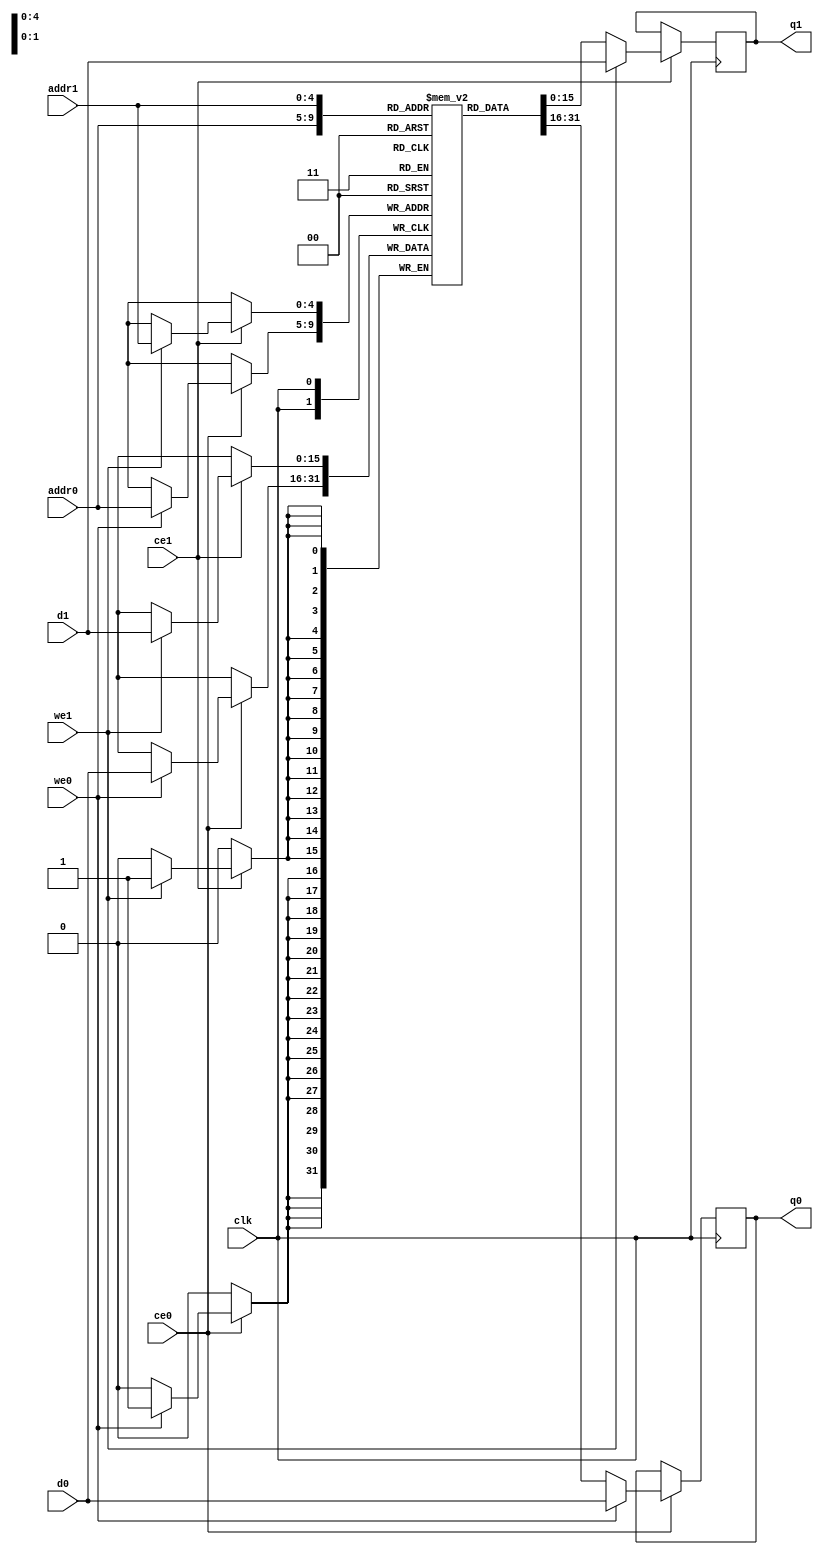
// ==============================================================
// File generated by Vivado(TM) HLS - High-Level Synthesis from C, C++ and SystemC
// Version: 2017.4
// Copyright (C) 1986-2017 Xilinx, Inc. All Rights Reserved.
// 
// ==============================================================

`timescale 1 ns / 1 ps
module conv_18_out_val_V_ram (addr0, ce0, d0, we0, q0, addr1, ce1, d1, we1, q1,  clk);

parameter DWIDTH = 16;
parameter AWIDTH = 5;
parameter MEM_SIZE = 32;

input[AWIDTH-1:0] addr0;
input ce0;
input[DWIDTH-1:0] d0;
input we0;
output reg[DWIDTH-1:0] q0;
input[AWIDTH-1:0] addr1;
input ce1;
input[DWIDTH-1:0] d1;
input we1;
output reg[DWIDTH-1:0] q1;
input clk;

(* ram_style = "block" *)reg [DWIDTH-1:0] ram[0:MEM_SIZE-1];




always @(posedge clk)  
begin 
    if (ce0) 
    begin
        if (we0) 
        begin 
            ram[addr0] <= d0; 
            q0 <= d0;
        end 
        else 
            q0 <= ram[addr0];
    end
end


always @(posedge clk)  
begin 
    if (ce1) 
    begin
        if (we1) 
        begin 
            ram[addr1] <= d1; 
            q1 <= d1;
        end 
        else 
            q1 <= ram[addr1];
    end
end


endmodule


`timescale 1 ns / 1 ps
module conv_18_out_val_V(
    reset,
    clk,
    address0,
    ce0,
    we0,
    d0,
    q0,
    address1,
    ce1,
    we1,
    d1,
    q1);

parameter DataWidth = 32'd16;
parameter AddressRange = 32'd32;
parameter AddressWidth = 32'd5;
input reset;
input clk;
input[AddressWidth - 1:0] address0;
input ce0;
input we0;
input[DataWidth - 1:0] d0;
output[DataWidth - 1:0] q0;
input[AddressWidth - 1:0] address1;
input ce1;
input we1;
input[DataWidth - 1:0] d1;
output[DataWidth - 1:0] q1;



conv_18_out_val_V_ram conv_18_out_val_V_ram_U(
    .clk( clk ),
    .addr0( address0 ),
    .ce0( ce0 ),
    .d0( d0 ),
    .we0( we0 ),
    .q0( q0 ),
    .addr1( address1 ),
    .ce1( ce1 ),
    .d1( d1 ),
    .we1( we1 ),
    .q1( q1 ));

endmodule